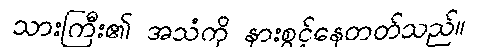
သားကြီး၏ အသံကို နားစွင့်နေတတ်သည်။